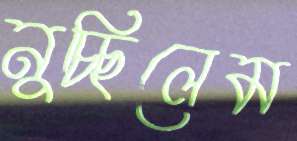
নুচ্ছিলেম